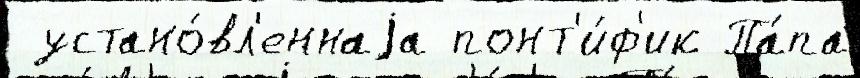
 устано́вл'еннаjа понт'и́ф'ик Па́па